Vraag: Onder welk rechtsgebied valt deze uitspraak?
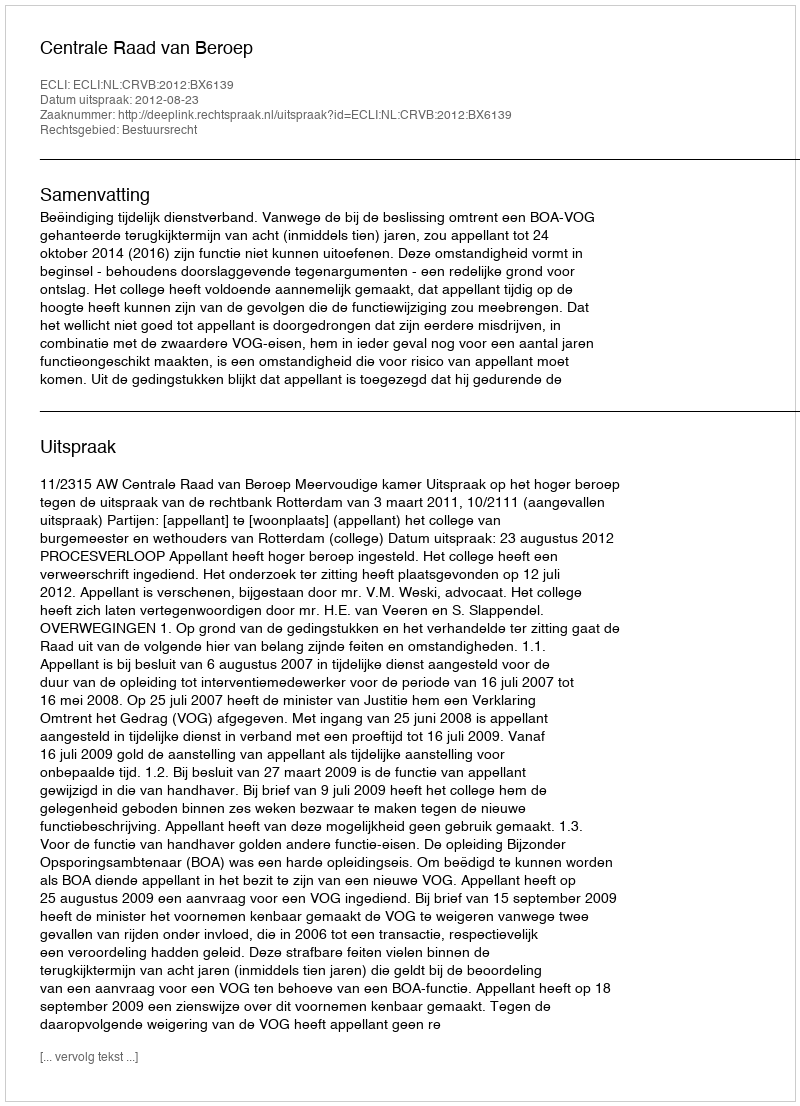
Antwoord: Bestuursrecht